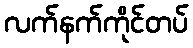
လက်နက်ကိုင်တပ်